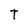
Character: T